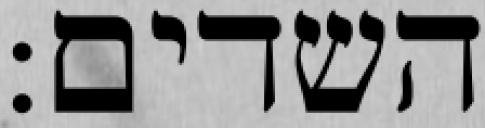
השדים: